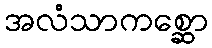
အလံသာကစ္ဆော